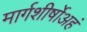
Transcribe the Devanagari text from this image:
मार्गशीर्षोअहं